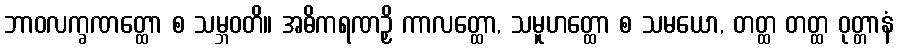
ဘာဝလက္ခဏတ္ထော စ သမ္ဘဝတိ။ အဓိကရဏဉှိ ကာလတ္ထော, သမူဟတ္ထော စ သမယော, တတ္ထ တတ္ထ ဝုတ္တာနံ